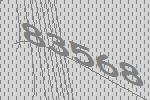
83568